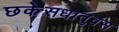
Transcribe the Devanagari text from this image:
छकेसधातुवंस